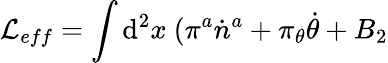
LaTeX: \mathcal{L}_{eff}=\int\mathrm{{d}}^{2}x~(\pi^{a}\dot{{n}}^{a}+\pi_{\theta}\dot{{\theta}}+B_{2}